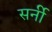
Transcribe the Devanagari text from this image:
सर्नी